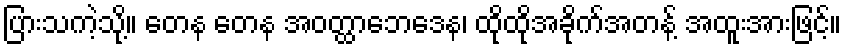
ပြားသကဲ့သို့။ တေန တေန အဝတ္ထာဘေဒေန၊ ထိုထိုအခိုက်အတန့် အထူးအားဖြင့်။